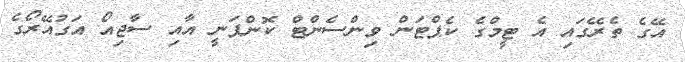
އޭގެ ތެރޭގައި އެ ޓީމްގެ ކެޕްޓަން ވިންސެންޓް ކޮންޕަނީ އާއި ސާޖިއޯ އަގުއޭރޯގެ